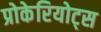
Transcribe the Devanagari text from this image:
प्रोकेरियोट्स